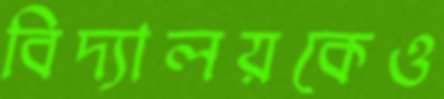
বিদ্যালয়কেও